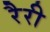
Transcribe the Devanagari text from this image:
रैरी